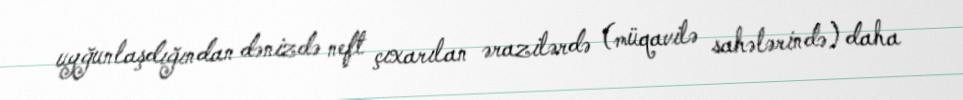
uyğunlaşdığından dənizdə neft çıxarılan ərazilərdə (müqavilə sahələrində) daha